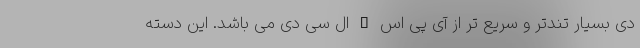
دی بسیار تندتر و سریع تر از آی پی اس – ال سی دی می باشد. این دسته